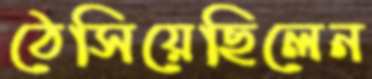
ঠেসিয়েছিলেন